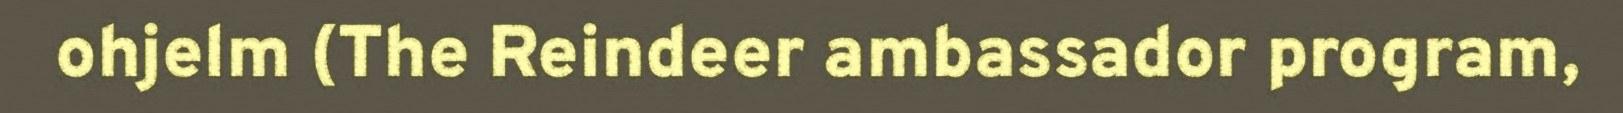
ohjelm (The Reindeer ambassador program,